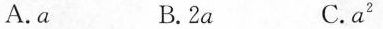
A.a B.2a C.a^{2}